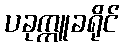
ပခုက္ကူခရိုင်